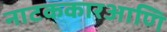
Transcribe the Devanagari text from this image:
नाटककारआणि